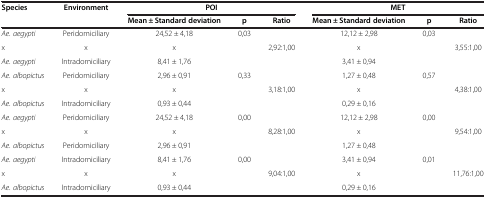
<table><thead><tr><td><b>Species</b></td><td><b>Environment</b></td><td colspan="3"><b>POI</b></td><td colspan="3"><b>MET</b></td></tr><tr><td><b> </b></td><td><b> </b></td><td><b>Mean ± Standard deviation</b></td><td><b>p</b></td><td><b>Ratio</b></td><td><b>Mean ± Standard deviation</b></td><td><b>p</b></td><td><b>Ratio</b></td></tr></thead><tbody><tr><td><i>Ae. aegypti</i></td><td>Peridomiciliary</td><td>24,52 ± 4,18</td><td rowspan="3">0,03</td><td> </td><td>12,12 ± 2,98</td><td rowspan="3">0,03</td><td> </td></tr><tr><td>x</td><td>x</td><td>x</td><td>2,92:1,00</td><td>x</td><td>3,55:1,00</td></tr><tr><td><i>Ae. aegypti</i></td><td>Intradomiciliary</td><td>8,41 ± 1,76</td><td> </td><td>3,41 ± 0,94</td><td> </td></tr><tr><td><i>Ae. albopictus</i></td><td>Peridomiciliary</td><td>2,96 ± 0,91</td><td rowspan="3">0,33</td><td> </td><td>1,27 ± 0,48</td><td rowspan="3">0,57</td><td> </td></tr><tr><td>x</td><td>x</td><td>x</td><td>3,18:1,00</td><td>x</td><td>4,38:1,00</td></tr><tr><td><i>Ae. albopictus</i></td><td>Intradomiciliary</td><td>0,93 ± 0,44</td><td> </td><td>0,29 ± 0,16</td><td> </td></tr><tr><td><i>Ae. aegypti</i></td><td>Peridomiciliary</td><td>24,52 ± 4,18</td><td rowspan="3">0,00</td><td> </td><td>12,12 ± 2,98</td><td rowspan="3">0,00</td><td> </td></tr><tr><td>x</td><td>x</td><td>x</td><td>8,28:1,00</td><td>x</td><td>9,54:1,00</td></tr><tr><td><i>Ae. albopictus</i></td><td>Peridomiciliary</td><td>2,96 ± 0,91</td><td> </td><td>1,27 ± 0,48</td><td> </td></tr><tr><td><i>Ae. aegypti</i></td><td>Intradomiciliary</td><td>8,41 ± 1,76</td><td rowspan="2">0,00</td><td> </td><td>3,41 ± 0,94</td><td rowspan="2">0,01</td><td> </td></tr><tr><td>x</td><td>x</td><td>x</td><td>9,04:1,00</td><td>x</td><td>11,76:1,00</td></tr><tr><td><i>Ae. albopictus</i></td><td>Intradomiciliary</td><td>0,93 ± 0,44</td><td> </td><td> </td><td>0,29 ± 0,16</td><td> </td><td> </td></tr></tbody></table>